Vaccination in the Punjab 1919-1929 - 1919-1929
Year: 1919
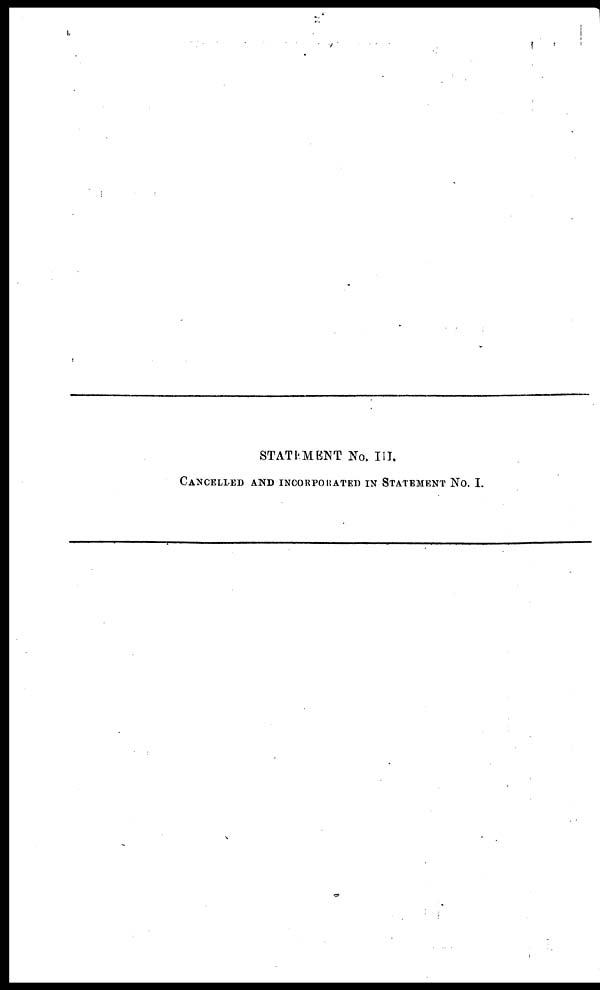
STATEMENT No. III.
CANCELLED AND INCORPORATED IN STATEMENT NO. I.